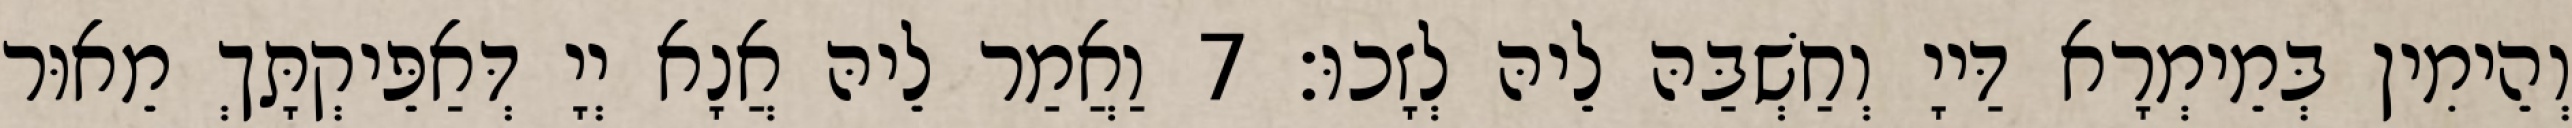
וְהֵימִין בְּמֵימְרָא דַּייָ וְחַשְׁבַּהּ לֵיהּ לְזָכוּ׃ 7 וַאֲמַר לֵיהּ אֲנָא יְיָ דְּאַפֵּיקְתָּךְ מֵאוּר